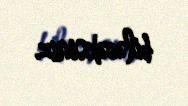
biləcəksiniz.